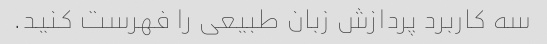
سه کاربرد پردازش زبان طبیعی را فهرست کنید.